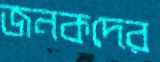
জনকদের